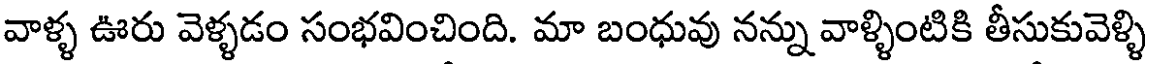
వాళ్ళ ఊరు వెళ్ళడం సంభవించింది. మా బంధువు నన్ను వాళ్ళింటికి తీసుకువెళ్ళి